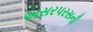
અસરપરસની